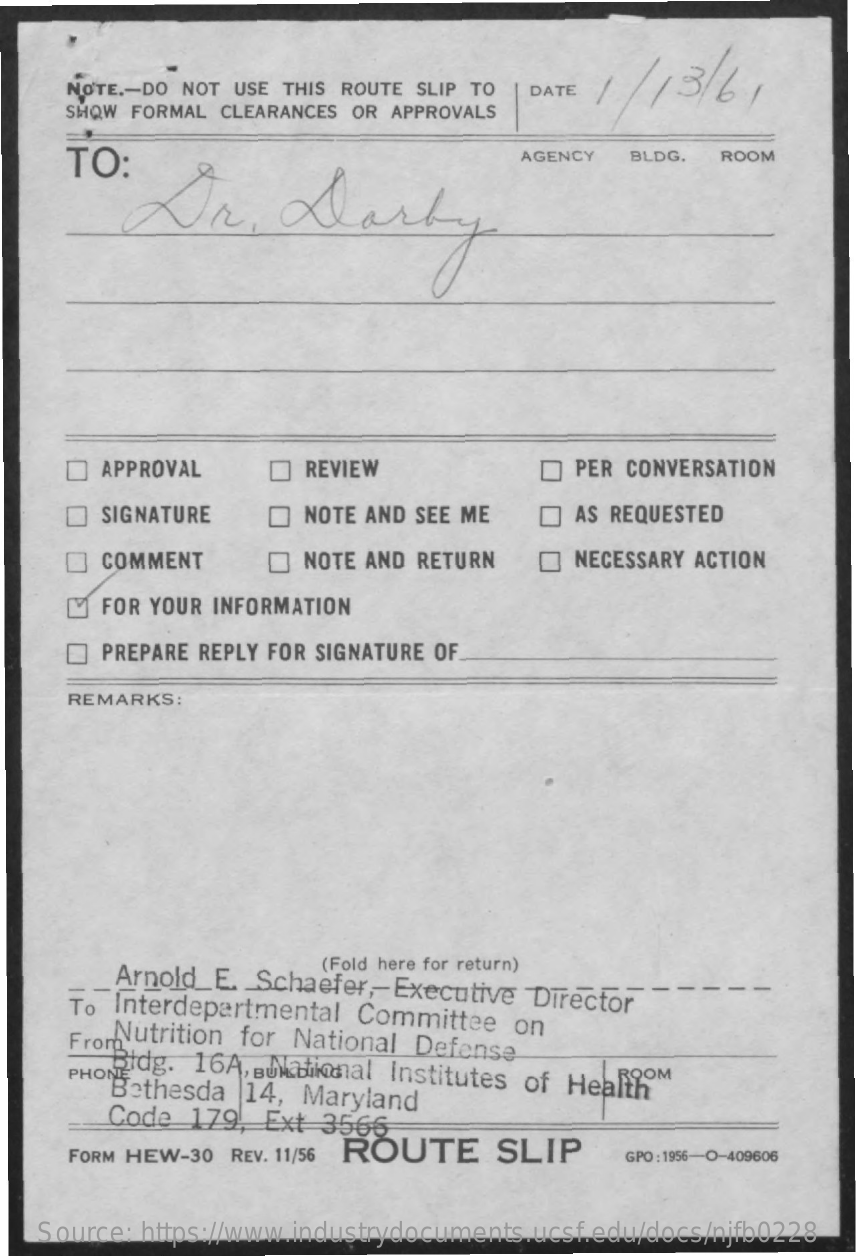
NOTE  .- DO  NOT  USE   THIS   ROUTE   SLIP   TO    DATE   1  /  13/61
     SHOW   FORMAL    CLEARANCES    OR   APPROVALS
     TO:    AGENCY    BLDG.    ROOM
     Dr,    darby
     APPROVAL    REVIEW    PER  CONVERSATION
     SIGNATURE    NOTE  AND   SEE  ME    AS  REQUESTED
     COMMENT    NOTE   AND   RETURN    NECESSARY    ACTION
     FOR   YOUR   INFORMATION
     PREPARE    REPLY   FOR   SIGNATURE    OF
     REMARKS:
     (Fold here for return)
     Arnold_E.    Schaefer,Executive    Director To Interdepartmental Committee on
     From Nutrition    for   National    Defense
     PHONE
     Bidg.    16A,   BUNational    Institutes    of   Health Bethesda 14, Maryland
     Code    179,    Ext    3566
     FORM  HEW-30    REV. 11/56   ROUTE    SLIP    GPO : 1956-O-409606
     Source:    https://www.industrydocuments.ucsf.edu/docs/njfb0228